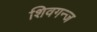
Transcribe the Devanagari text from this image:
शिवगन्ज